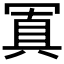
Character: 𠖕